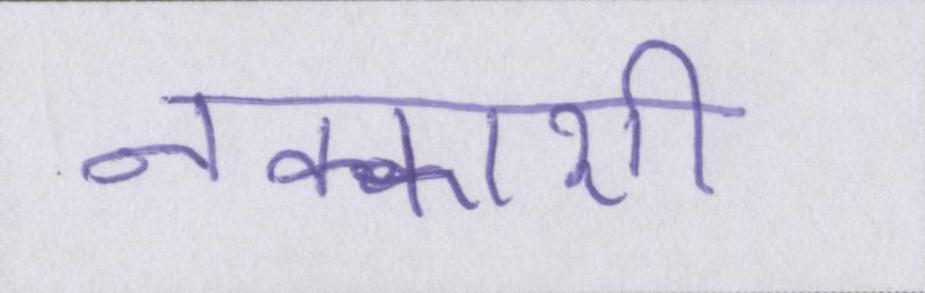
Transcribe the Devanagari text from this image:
नक्काशी